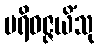
ပရိဝဇ္ဇယိံသု